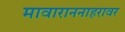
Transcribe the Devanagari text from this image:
मावाराननाहरावर